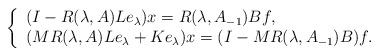
\begin{align*} \left\{ \begin{array}{ll} (I-R(\lambda,A)Le_\lambda)x=R(\lambda,A_{-1})Bf, & \hbox{} \\ (MR(\lambda,A)L e_\lambda+Ke_\lambda)x=(I-MR(\lambda,A_{-1})B)f. & \hbox{} \end{array} \right.\end{align*}